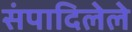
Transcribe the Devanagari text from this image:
संपादिलेले